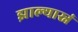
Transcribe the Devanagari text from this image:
झाल्यास्नं